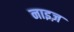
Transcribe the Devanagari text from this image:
नाइज़